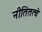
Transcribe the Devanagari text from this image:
नीतितत्वे